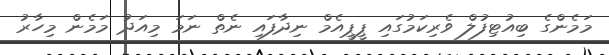
މަމެންގެ ބިއުޓިފުލް ވެރިކަމުގައި ޕީޕީއެމް ނިދާފައި ނެތް ނަމަ މިއަދު މަމެން މިހާރު